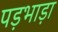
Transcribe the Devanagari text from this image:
पड़भाड़ा